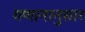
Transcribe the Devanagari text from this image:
गणानानुसार